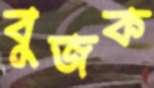
বুজক